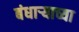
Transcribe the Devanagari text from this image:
बंधाऱ्याच्या